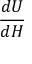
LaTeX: \ { \frac { d U } { d H } }